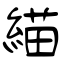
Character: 緢